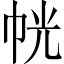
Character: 𭘜